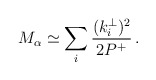
\begin{align*}M_\alpha \simeq \sum_i \frac{(k^\perp_i)^2}{2P^+}\,.\end{align*}